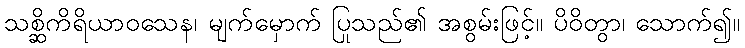
သစ္ဆိကိရိယာဝသေန၊ မျက်မှောက် ပြုသည်၏ အစွမ်းဖြင့်။ ပိဝိတွာ၊ သောက်၍။